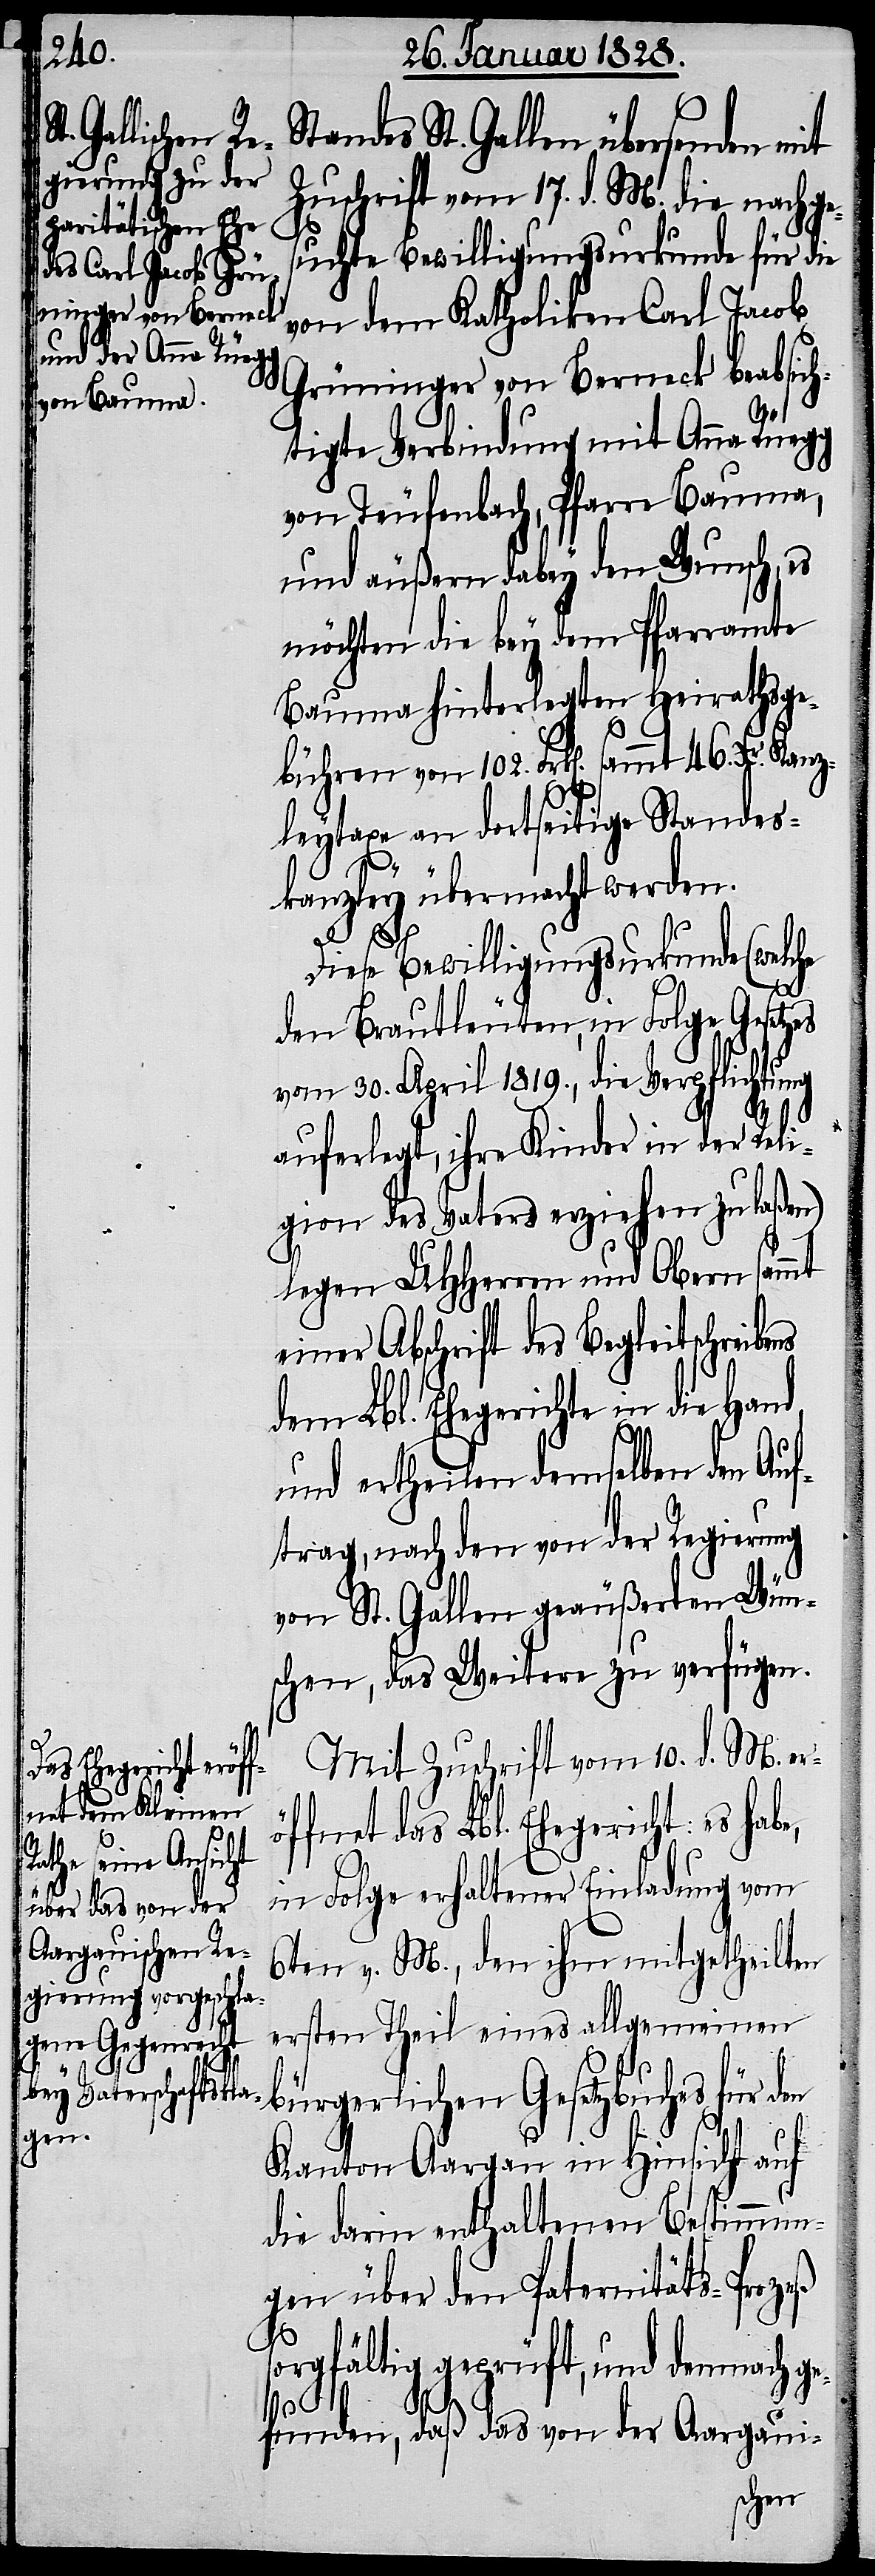
Mit Zuschrift vom 10. d. M. erö¬
ffnet das Lbl. Ehegericht: es habe,
in Folge erhaltener Einladung vom
6ten v. M., den ihm mitgetheilten
ersten Theil eines allgemeinen
bürgerlichen Gesetzbuches für den
Kanton Aargau in Hinsicht auf
die darin enthaltenen Bestimmun¬
gen über den Paternitäts-Prozeß
sorgfältig geprüft, und demnach ge¬
funden, daß das von der Aargaui-